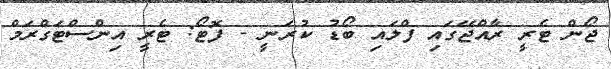
ޖޯން ޓެރީ ރާއްޖޭގައި ފްލައި ބޯޑު ކުރަނީ - ފޮޓޯ: ޓެރީ އިންސްޓަގްރަމް